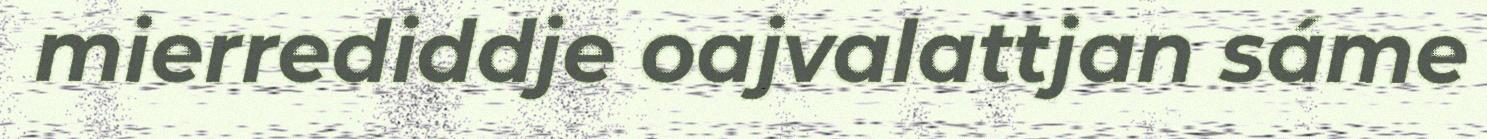
mierrediddje oajvalattjan sáme